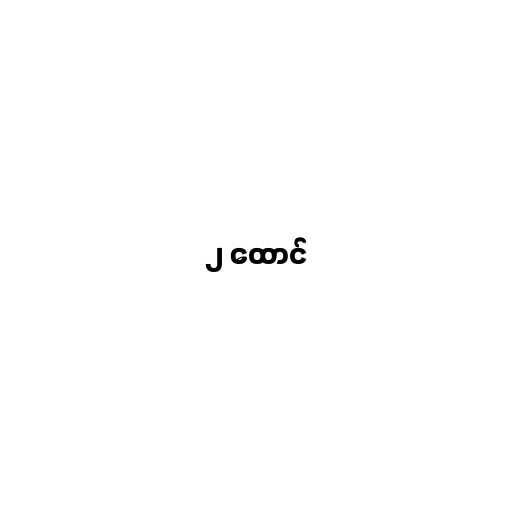
၂ ထောင်